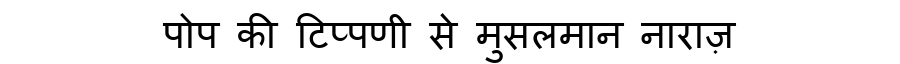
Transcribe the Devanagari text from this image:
पोप की टिप्पणी से मुसलमान नाराज़